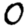
Digit: 0